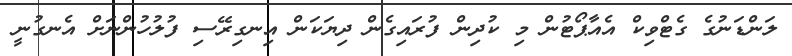
ލަންޑަނުގެ ގެޓްވިކް އެއާޕޯޓުން މި ކުދިން ފުރައިގެން ދިޔަކަން އިނގިރޭސި ފުލުހުންނަށް އެނގުނީ